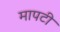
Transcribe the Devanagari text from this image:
मापटी